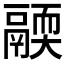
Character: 𩱄